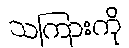
သကြားကို